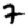
Digit: 7